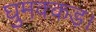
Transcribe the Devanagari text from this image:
घुमक्कड़।